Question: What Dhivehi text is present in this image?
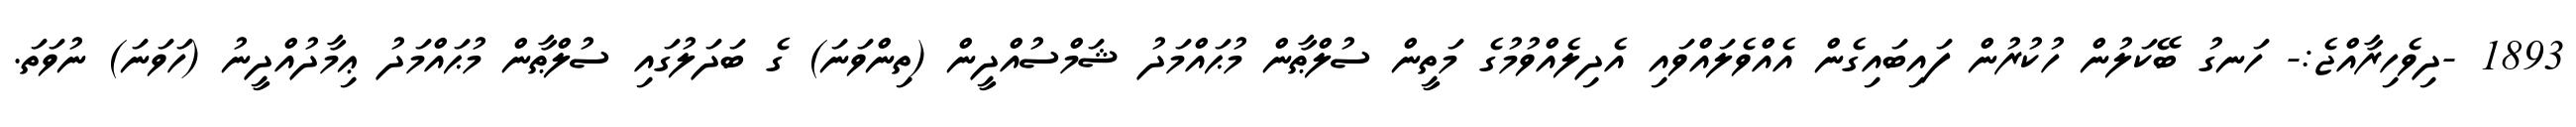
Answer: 1893 -ދިވެހިރާއްޖެ:- ހަނގު ބޭކަލުން ހުކުރުން ފައިބައިގެން އެއްވެލައްވައި އެދިލެއްވުމުގެ މަތީން ސުލްޠާން މުޙައްމަދު ޝަމްސުއްދީން (ތިންވަނަ) ގެ ބަދަލުގައި ސުލްޠާން މުޙައްމަދު ޢިމާދުއްދީނު (ހަވަނަ) ނުވަތަ.